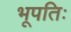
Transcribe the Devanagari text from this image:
भूपतिः